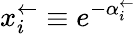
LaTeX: x_{i}^{\leftarrow}\equiv e^{-\alpha_{i}^{\leftarrow}}